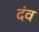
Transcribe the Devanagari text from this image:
दंव